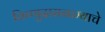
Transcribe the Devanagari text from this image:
विष्णुदासनाम्याचे